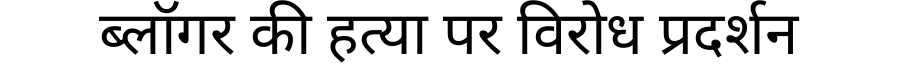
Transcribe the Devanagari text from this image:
ब्लॉगर की हत्या पर विरोध प्रदर्शन